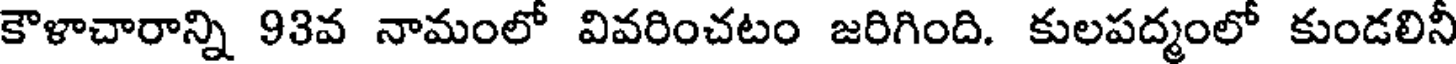
కౌళాచారాన్ని 93వ నామంలో వివరించటం జరిగింది. కులపద్మంలో కుండలినీ